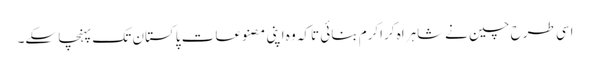
اسی طرح چین نےشاہراہ کراکرم بنائی تاکہ وہ اپنی مصنوعات پاکستان تک پہنچا سکے۔